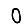
Digit: 0